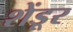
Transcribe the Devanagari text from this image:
शेंडूर